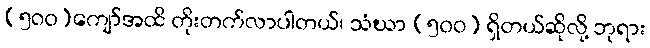
(၅၀၀)ကျော်အထိ တိုးတက်လာပါတယ်၊ သံဃာ (၅၀၀) ရှိတယ်ဆိုလို့ ဘုရား